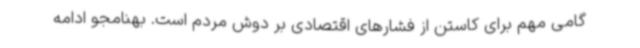
گامی مهم برای کاستن از فشارهای اقتصادی بر دوش مردم است. بهنامجو ادامه